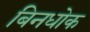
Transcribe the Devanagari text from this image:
बिनधोक